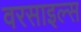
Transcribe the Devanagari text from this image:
वरसाइल्स